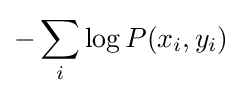
-\sum _{i}\log P(x_{i},y_{i})